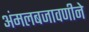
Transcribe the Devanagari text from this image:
अंमलबजावणीने